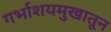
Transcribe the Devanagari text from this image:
गर्भाशयमुखातून